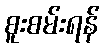
စူးစမ်းရန်